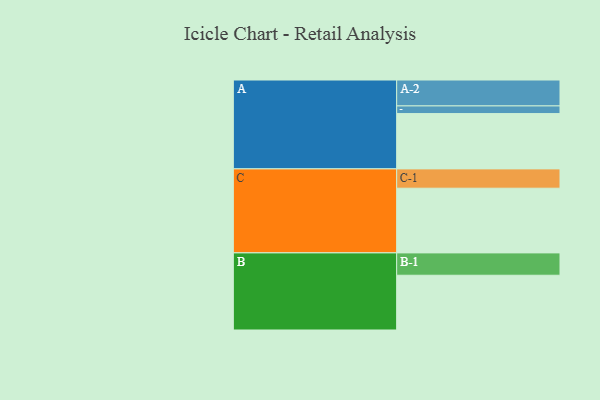
{"axis": {"x": "Segment", "y": "Value"}, "legend": ["", "A", "B", "C"], "data": [{"x": "A", "y": 512, "type": ""}, {"x": "B", "y": 507, "type": ""}, {"x": "C", "y": 599, "type": ""}, {"x": "A-1", "y": 71, "type": "A"}, {"x": "A-2", "y": 240, "type": "A"}, {"x": "B-1", "y": 207, "type": "B"}, {"x": "C-1", "y": 179, "type": "C"}]}